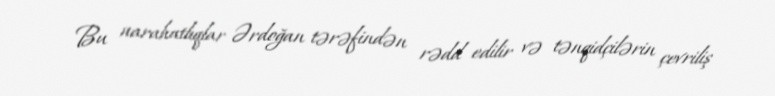
Bu narahatlıqlar Ərdoğan tərəfindən rədd edilir və tənqidçilərin çevriliş